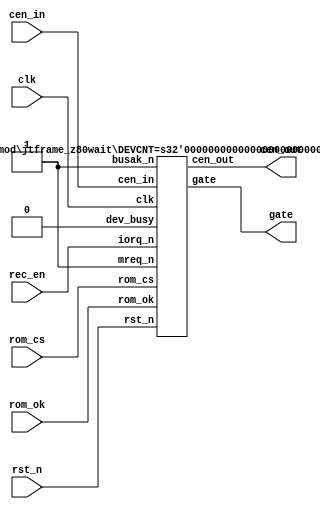
/*  This file is part of JT_FRAME.
    JTFRAME program is free software: you can redistribute it and/or modify
    it under the terms of the GNU General Public License as published by
    the Free Software Foundation, either version 3 of the License, or
    (at your option) any later version.

    JTFRAME program is distributed in the hope that it will be useful,
    but WITHOUT ANY WARRANTY; without even the implied warranty of
    MERCHANTABILITY or FITNESS FOR A PARTICULAR PURPOSE.  See the
    GNU General Public License for more details.

    You should have received a copy of the GNU General Public License
    along with JTFRAME.  If not, see <http://www.gnu.org/licenses/>.

    Author: Jose Tejada Gomez. Twitter: @topapate
    Version: 1.0
    Date: 1-1-2020 */

module jtframe_rom_wait(
    input       rst_n,
    input       clk,
    input       cen_in,
    input       rec_en,
    output      cen_out,
    output      gate,
    // manage access to ROM data from SDRAM
    input       rom_cs,
    input       rom_ok
);
    jtframe_z80wait #(1) u_wait(
        .rst_n      ( rst_n     ),
        .clk        ( clk       ),
        .cen_in     ( cen_in    ),
        .cen_out    ( cen_out   ),
        .gate       ( gate      ),
        .iorq_n     ( rec_en    ),
        .mreq_n     ( 1'b1      ),
        .busak_n    ( 1'b1      ),
        // manage access to shared memory
        .dev_busy   ( 1'b0      ),
        // manage access to ROM data from SDRAM
        .rom_cs     ( rom_cs    ),
        .rom_ok     ( rom_ok    )
    );
endmodule

/////////////////////////////////////////////////////////////
/////////////////////////////////////////////////////////////
/////////////////////////////////////////////////////////////
/////////////////////////////////////////////////////////////

module jtframe_dual_wait #(parameter devcnt=2)(
    input       rst_n,
    input       clk,
    input  [1:0]     cen_in,
    output reg [1:0] cen_out,
    output           gate,
    // manage access to shared memory
    input  [devcnt-1:0] dev_busy,
    // manage access to ROM data from SDRAM
    input       rom_cs,
    input       rom_ok
);

/////////////////////////////////////////////////////////////////
// wait_n generation
reg last_rom_cs;
wire rom_cs_posedge = !last_rom_cs && rom_cs;
wire rom_bad = rom_cs && !rom_ok || rom_cs_posedge;

reg [1:0] mark, gated_at;
reg       locked, latched;
assign gate = !( rom_bad || dev_busy || locked || latched);
wire bus_ok = (rom_ok||!rom_cs) && !dev_busy;

always @(posedge clk, negedge rst_n) begin
    if( !rst_n ) begin
        gated_at <= 1'b0;
        latched  <= 1'b0;
    end else begin
        if(cen_in[0]) mark <= 2'b01;
        if(cen_in[1]) mark <= 2'b10;
        if(locked) begin
            gated_at <= mark;
            latched  <= 1'b1;
        end
        latched <= locked;
        if(bus_ok && !locked && latched) begin
            if( gated_at[0] & cen_in[1] ) latched <= 1'b0;
            if( gated_at[1] & cen_in[0] ) latched <= 1'b0;
        end
    end
end

always @(posedge clk)
    cen_out <= cen_in & {2{gate}};


always @(posedge clk or negedge rst_n) begin
    if( !rst_n ) begin
        last_rom_cs <= 1'b1;
        locked      <= 1'b0;
    end else begin
        last_rom_cs <= rom_cs;
        if( rom_bad || dev_busy) begin
            locked  <= 1'b1;
        end
        else begin
            locked <= 1'b0;
        end
    end
end

endmodule

module jtframe_z80wait #(parameter DEVCNT=2, RECOVERY=1)(
    input       rst_n,
    input       clk,
    input       cen_in,
    output reg  cen_out,
    output      gate,
    // Recover cycles
    input       mreq_n,
    input       iorq_n,
    input       busak_n,
    // manage access to shared memory
    input  [DEVCNT-1:0] dev_busy, // Delays here are not recovered
    // manage access to ROM data from SDRAM
    input       rom_cs,
    input       rom_ok // Delays because of rom_ok are recovered
);

`ifdef JTFRAME_CLK24
initial begin
    if(RECOVERY==1) begin
       $display("WARNING: %m");
       $display("         Do not use cycle recovery with a 24MHz clock and 6MHz pixel");
       $display("         that combination fails in jtkiwi.");
       $display("         See issue https://github.com/jotego/jtbubl/issues/27");
       $display("         This could affect 48MHz/8MHz combination too");
    end
end
`endif

/////////////////////////////////////////////////////////////////
// wait_n generation
reg last_rom_cs;
wire rom_cs_posedge = !last_rom_cs && rom_cs;

reg        locked, rec, start, cen_l;
wire       rom_bad, rec_en;
reg  [3:0] miss_cnt;

// wire bus_ok = (rom_ok||!rom_cs) && !dev_busy;

assign gate    = !(rom_bad || dev_busy!=0 || locked );
assign rom_bad = (rom_cs && !rom_ok) || rom_cs_posedge;
assign rec_en  = &{mreq_n, iorq_n, busak_n, RECOVERY[0] };

always @(*) begin
    rec = 0;
    // two cen pulses in a row will break most systems
    // probably because of memory delays. That's why cen_l
    // is used too
    if( miss_cnt!=0 && !cen_in && rec_en && !cen_l )
        rec = 1;
end

always @(posedge clk) cen_l <= cen_out;

always @(posedge clk, negedge rst_n) begin
    if( !rst_n ) begin
        miss_cnt <= 4'd0;
    end else begin
        if( !start ) begin
            miss_cnt <= 4'd0;
        end else begin
            if( cen_in && !gate && dev_busy==0 ) begin
                if( ~&miss_cnt ) miss_cnt <= miss_cnt+4'd1;
            end else if( rec ) begin
                if( miss_cnt!=0 ) miss_cnt <= miss_cnt - 4'd1;
            end
        end
    end
end

always @(*)
    cen_out = (cen_in & gate) | rec;

always @(posedge clk or negedge rst_n) begin
    if( !rst_n ) begin
        last_rom_cs <= 1'b1;
        locked      <= 1'b0;
        start       <= 0;
    end else begin
        last_rom_cs <= rom_cs;
        if(rom_bad || dev_busy!=0) begin
            locked  <= 1'b1;
        end
        else begin
            locked <= 1'b0;
            start  <= 1;
        end
    end
end

`ifdef SIMULATION
// Count how often there are delays because of ROM waits
integer misses=0;
always @(posedge cen_in) if(!gate) misses<=misses+1;
`endif

endmodule // jtframe_z80wait